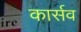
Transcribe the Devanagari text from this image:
कार्सव